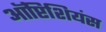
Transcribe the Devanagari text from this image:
ऑप्टिशियंस